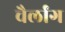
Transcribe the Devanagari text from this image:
चैर्लांग